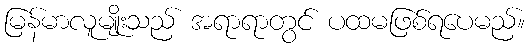
မြန်မာလူမျိုးသည် အရာရာတွင် ပထမဖြစ်ရပေမည်။